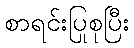
စာရင်းပြုစုပြီး